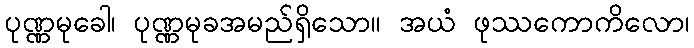
ပုဏ္ဏမုခေါ၊ ပုဏ္ဏမုခအမည်ရှိသော။ အယံ ဖုဿကောကိလော၊